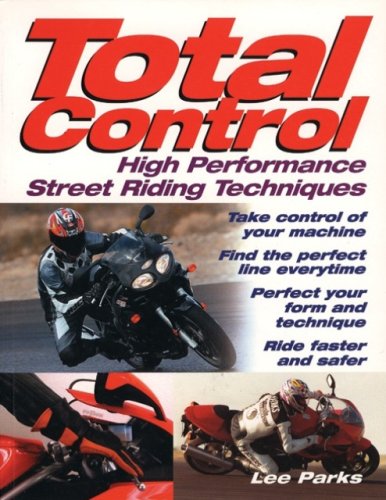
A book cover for Total Control: High Performance Street Riding Techniques; Lee Parks; Engineering & Transportation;